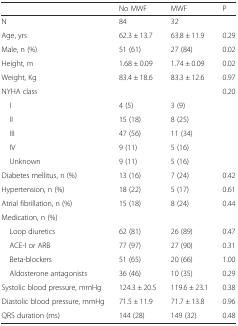
<table><thead><tr><td></td><td><b>No MWF</b></td><td><b>MWF</b></td><td><b>P</b></td></tr></thead><tbody><tr><td>N</td><td>84</td><td>32</td><td></td></tr><tr><td>Age, yrs</td><td>62.3 ± 13.7</td><td>63.8 ± 11.9</td><td>0.29</td></tr><tr><td>Male, n (%)</td><td>51 (61)</td><td>27 (84)</td><td>0.02</td></tr><tr><td>Height, m</td><td>1.68 ± 0.09</td><td>1.74 ± 0.09</td><td>0.02</td></tr><tr><td>Weight, Kg</td><td>83.4 ± 18.6</td><td>83.3 ± 12.6</td><td>0.97</td></tr><tr><td>NYHA class</td><td></td><td></td><td>0.20</td></tr><tr><td> I</td><td>4 (5)</td><td>3 (9)</td><td></td></tr><tr><td> II</td><td>15 (18)</td><td>8 (25)</td><td></td></tr><tr><td> III</td><td>47 (56)</td><td>11 (34)</td><td></td></tr><tr><td> IV</td><td>9 (11)</td><td>5 (16)</td><td></td></tr><tr><td> Unknown</td><td>9 (11)</td><td>5 (16)</td><td></td></tr><tr><td>Diabetes mellitus, n (%)</td><td>13 (16)</td><td>7 (24)</td><td>0.42</td></tr><tr><td>Hypertension, n (%)</td><td>18 (22)</td><td>5 (17)</td><td>0.61</td></tr><tr><td>Atrial fibrillation, n (%)</td><td>15 (18)</td><td>8 (24)</td><td>0.44</td></tr><tr><td>Medication, n (%)</td><td></td><td></td><td></td></tr><tr><td> Loop diuretics</td><td>62 (81)</td><td>26 (89)</td><td>0.47</td></tr><tr><td> ACE-I or ARB</td><td>77 (97)</td><td>27 (90)</td><td>0.31</td></tr><tr><td> Beta-blockers</td><td>51 (65)</td><td>20 (66)</td><td>1.00</td></tr><tr><td> Aldosterone antagonists</td><td>36 (46)</td><td>10 (35)</td><td>0.29</td></tr><tr><td>Systolic blood pressure, mmHg</td><td>124.3 ± 20.5</td><td>119.6 ± 23.1</td><td>0.38</td></tr><tr><td>Diastolic blood pressure, mmHg</td><td>71.5 ± 11.9</td><td>71.7 ± 13.8</td><td>0.96</td></tr><tr><td>QRS duration (ms)</td><td>144 (28)</td><td>149 (32)</td><td>0.48</td></tr></tbody></table>